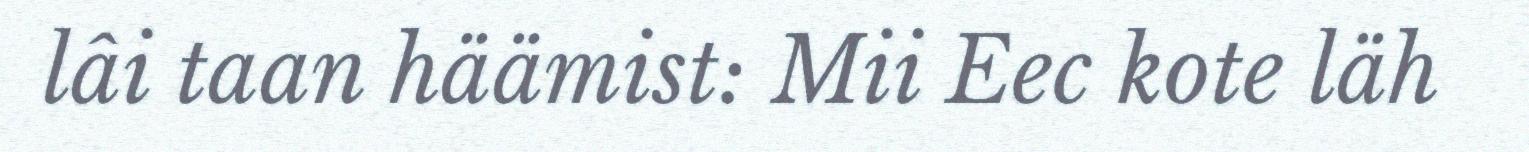
lâi taan häämist: Mii Eec kote läh